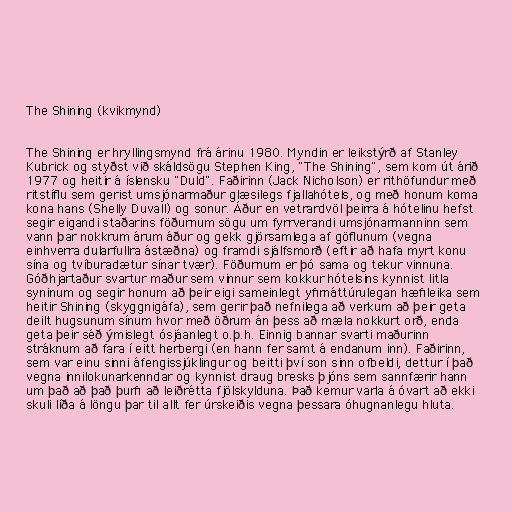
The Shining (kvikmynd)

The Shining er hryllingsmynd frá árinu 1980. Myndin er leikstýrð af Stanley
Kubrick og styðst við skáldsögu Stephen King, "The Shining", sem kom út árið
1977 og heitir á íslensku "Duld". Faðirinn (Jack Nicholson) er rithöfundur með
ritstíflu sem gerist umsjónarmaður glæsilegs fjallahótels, og með honum koma
kona hans (Shelly Duvall) og sonur. Áður en vetrardvöl þeirra á hótelinu hefst
segir eigandi staðarins föðurnum sögu um fyrrverandi umsjónarmanninn sem
vann þar nokkrum árum áður og gekk gjörsamlega af göflunum (vegna
einhverra dularfullra ástæðna) og framdi sjálfsmorð (eftir að hafa myrt konu
sína og tvíburadætur sínar tvær). Föðurnum er þó sama og tekur vinnuna.
Góðhjartaður svartur maður sem vinnur sem kokkur hótelsins kynnist litla
syninum og segir honum að þeir eigi sameinlegt yfirnáttúrulegan hæfileika sem
heitir Shining (skyggnigáfa), sem gerir það nefnilega að verkum að þeir geta
deilt hugsunum sínum hvor með öðrum án þess að mæla nokkurt orð, enda
geta þeir séð ýmislegt ósjáanlegt o.þ.h. Einnig bannar svarti maðurinn
stráknum að fara í eitt herbergi (en hann fer samt á endanum inn). Faðirinn,
sem var einu sinni áfengissjúklingur og beitti því son sinn ofbeldi, dettur í það
vegna innilokunarkenndar og kynnist draug bresks þjóns sem sannfærir hann
um það að það þurfi að leiðrétta fjölskylduna. Það kemur varla á óvart að ekki
skuli líða á löngu þar til allt fer úrskeiðis vegna þessara óhugnanlegu hluta.